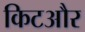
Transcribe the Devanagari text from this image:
किटऔर